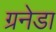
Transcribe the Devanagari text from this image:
ग्रनेडा